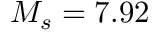
M _ { s } = 7 . 9 2